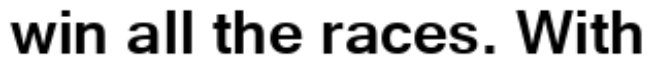
win all the races. With